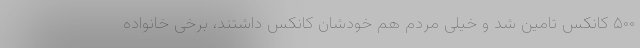
۵۰۰ کانکس تامین شد و خیلی مردم هم خودشان کانکس داشتند، برخی خانواده